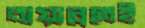
বায়ান্নতেই